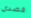
قصدي